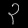
Digit: ၃